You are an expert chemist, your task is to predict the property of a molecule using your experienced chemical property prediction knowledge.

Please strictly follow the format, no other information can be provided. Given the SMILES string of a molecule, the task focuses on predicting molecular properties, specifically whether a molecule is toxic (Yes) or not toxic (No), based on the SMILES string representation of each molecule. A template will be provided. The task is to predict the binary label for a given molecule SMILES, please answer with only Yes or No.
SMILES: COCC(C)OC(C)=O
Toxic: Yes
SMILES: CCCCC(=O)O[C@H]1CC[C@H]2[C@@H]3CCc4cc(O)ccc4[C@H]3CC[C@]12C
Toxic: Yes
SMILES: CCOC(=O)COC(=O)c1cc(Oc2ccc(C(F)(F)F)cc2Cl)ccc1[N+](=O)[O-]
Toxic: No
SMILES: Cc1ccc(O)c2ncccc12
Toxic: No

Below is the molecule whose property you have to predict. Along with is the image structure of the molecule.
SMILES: O=C1Nc2ccc([N+](=O)[O-])cc2C1=O
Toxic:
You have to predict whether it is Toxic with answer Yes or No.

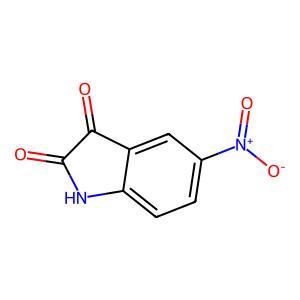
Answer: No